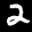
Label: 2